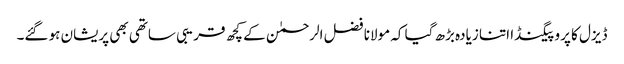
ڈیزل کا پروپیگنڈا اتنا زیادہ بڑھ گیا کہ مولانا فضل الرحمٰن کے کچھ قریبی ساتھی بھی پریشان ہو گئے۔